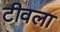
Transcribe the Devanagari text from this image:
टीवला